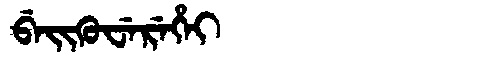
Manchu: ᠪᡝᡳᡴᡠᠸᡝᡵᡝᡥᡝᡳ
Romanization: BEIKUWEREHEI